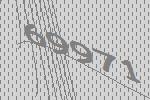
69971